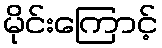
မိုင်းကြောင့်